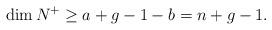
LaTeX: \begin{align*}\dim N^+ \ge a+g-1-b=n+g-1.\end{align*}